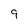
Character: 9